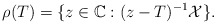
\begin{align*}\rho(T)=\{ z \in \mathbb C: (z-T)^{-1} \mathcal{X} \}.\end{align*}